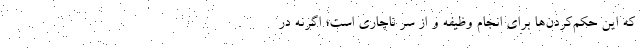
که این حکم‌کردن‌ها برای انجام‌ وظیفه و از سر ناچاری است؛ اگرنه در